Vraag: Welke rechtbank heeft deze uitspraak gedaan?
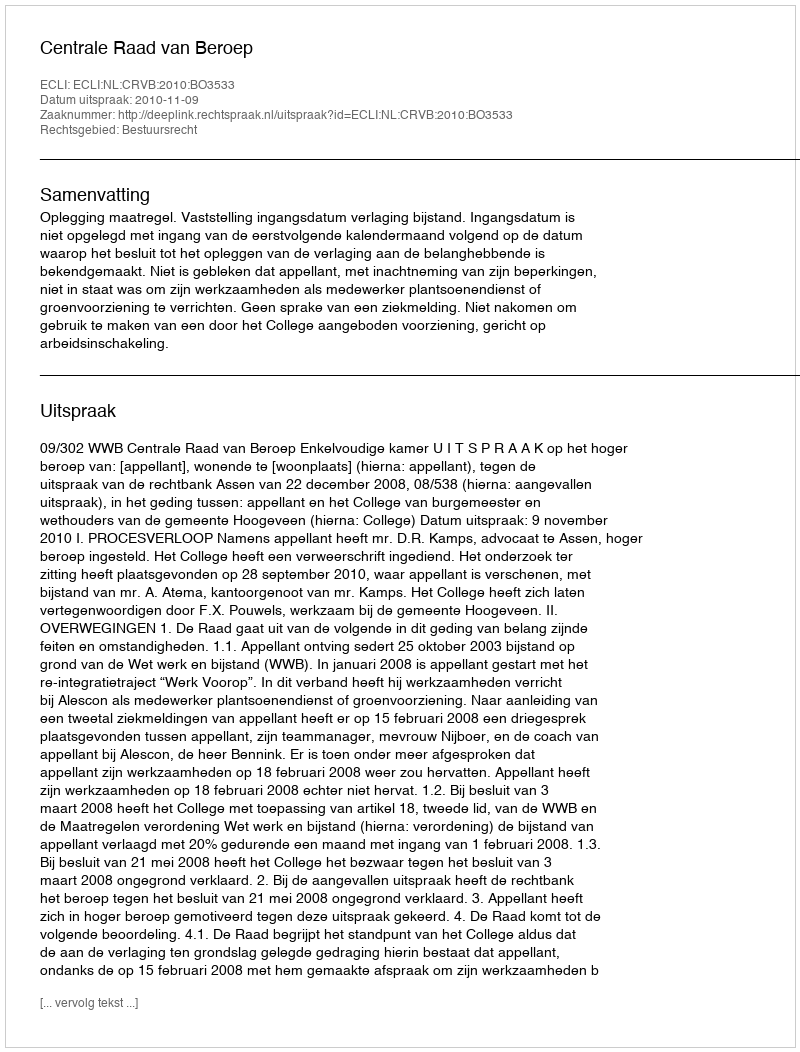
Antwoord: Centrale Raad van Beroep